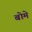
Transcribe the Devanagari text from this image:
बोमे